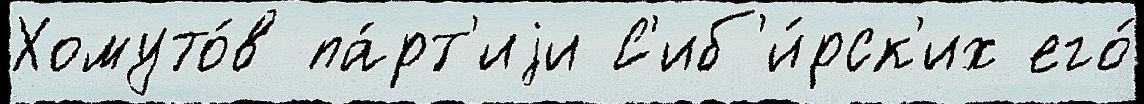
Хомуто́в па́рт'иjи С'иб'и́рск'их его́